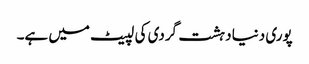
پوری دنیا دہشت گردی کی لپیٹ میں ہے۔